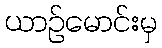
ယာဉ်မောင်းမှ